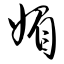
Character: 媚